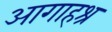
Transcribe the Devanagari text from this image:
आगाहश्र